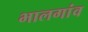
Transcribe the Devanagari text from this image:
भालगांव